Annual report of the Punjab Veterinary College and of the Civil Veterinary Department, Punjab - 1926-1932
Year: 1926
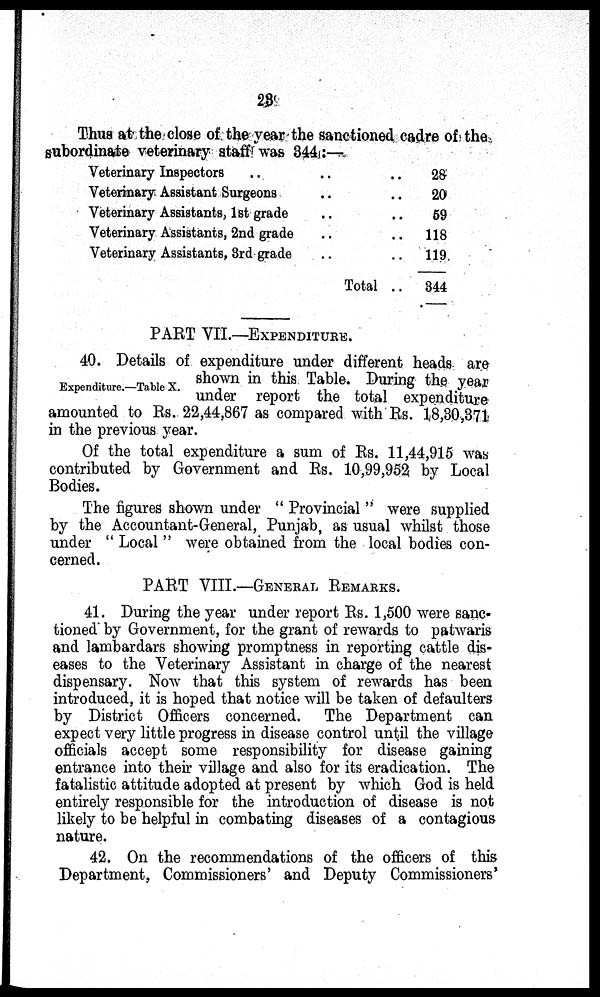
23
Thus at the close of the year the sanctioned cadre of the
subordinate veterinary staff was 344:—
Veterinary Inspectors .. ..
Veterinary Assistant Surgeons .. ..
Veterinary Assistants, 1st grade .. ..
Veterinary Assistants, 2nd grade .. ..
Veterinary Assistants, 3rd grade .. ..
Total ..
28
20
59
118
119
344
PART VII.—EXPENDITURE.
Expenditure.—Table X.
40. Details of expenditure under different heads are
shown in this Table. During the year
under report the total expenditure
amounted to Rs. 22,44,867 as compared with Rs. 18,30,371
in the previous year.
Of the total expenditure a sum of Rs. 11,44,915 was
contributed by Government and Rs. 10,99,952 by Local
Bodies.
The figures shown under " Provincial " were supplied
by the Accountant-General, Punjab, as usual whilst those
under " Local " were obtained from the local bodies con-
cerned.
PART VIII.—GENERAL REMARKS.
41. During the year under report Rs. 1,500 were sanc-
tioned by Government, for the grant of rewards to patwaris
and lambardars showing promptness in reporting cattle dis-
eases to the Veterinary Assistant in charge of the nearest
dispensary. Now that this system of rewards has been
introduced, it is hoped that notice will be taken of defaulters
by District Officers concerned.
The Department can
expect very little progress in disease control until the village
officials accept some responsibility for disease gaining
entrance into their village and also for its eradication. The
fatalistic attitude adopted at present by which God is held
entirely responsible for the introduction of disease is not
likely to be helpful in combating diseases of a contagious
nature.
42. On the recommendations of the officers of this
Department, Commissioners' and Deputy Commissioners'